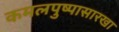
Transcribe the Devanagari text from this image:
कमलपुष्पासारखा